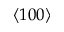
\langle 1 0 0 \rangle